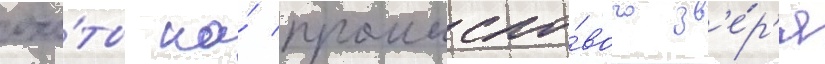
охо́ты на́ промысло́вого зв'е́р'я